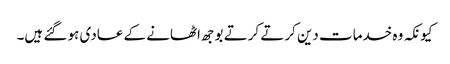
کیونکہ وہ خدمات دین کرتے کرتے بوجھ اٹھانے کے عادی ہو گئے ہیں۔